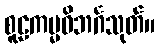
စူဠကမ္မဝိဘင်္ဂသုတ်။